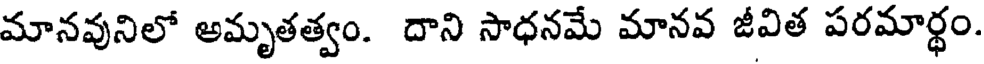
మానవునిలో అమృతత్వం. దాని సాధనమే మానవ జీవిత పరమార్ధం.